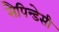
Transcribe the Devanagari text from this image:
सैपिन्डेसी